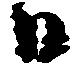
日